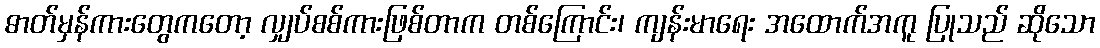
ဓာတ်မှန်ကားတွေကတော့ လျှပ်စစ်ကားဖြစ်တာက တစ်ကြောင်း၊ ကျန်းမာရေး အထောက်အကူ ပြုသည် ဆိုသော